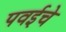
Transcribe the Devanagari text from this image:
पवईचे